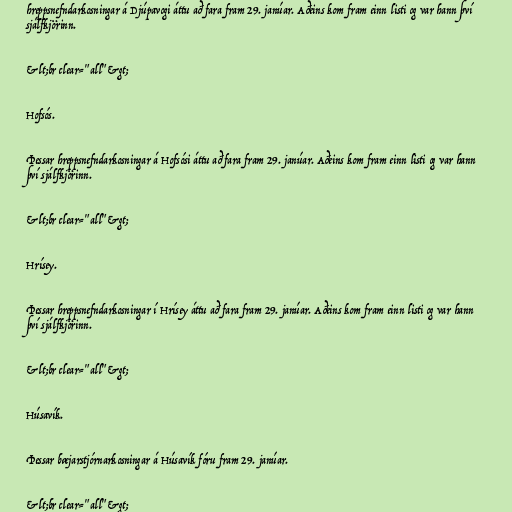
hreppsnefndarkosningar á Djúpavogi áttu að fara fram 29. janúar. Aðeins kom fram einn listi og var hann því
sjálfkjörinn.

&lt;br clear="all"&gt;

Hofsós.

Þessar hreppsnefndarkosningar á Hofsósi áttu að fara fram 29. janúar. Aðeins kom fram einn listi og var hann
því sjálfkjörinn.

&lt;br clear="all"&gt;

Hrísey.

Þessar hreppsnefndarkosningar í Hrísey áttu að fara fram 29. janúar. Aðeins kom fram einn listi og var hann
því sjálfkjörinn.

&lt;br clear="all"&gt;

Húsavík.

Þessar bæjarstjórnarkosningar á Húsavík fóru fram 29. janúar.

&lt;br clear="all"&gt;